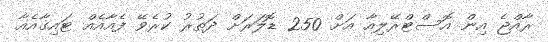
ރާއްޖެ އިން އޮސްޓްރޭލިއާ އަށް 250 ޑޮލަރަށް ދަތުރު ކުރެވޭ ފެއާއެއް ޓައިގާއެއާ